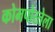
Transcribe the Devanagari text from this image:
कोमपोस्तेला